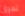
تعرق